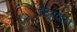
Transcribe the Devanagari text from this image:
टोड़ावाले